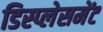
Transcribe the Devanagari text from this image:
डिस्प्लेसमेंट